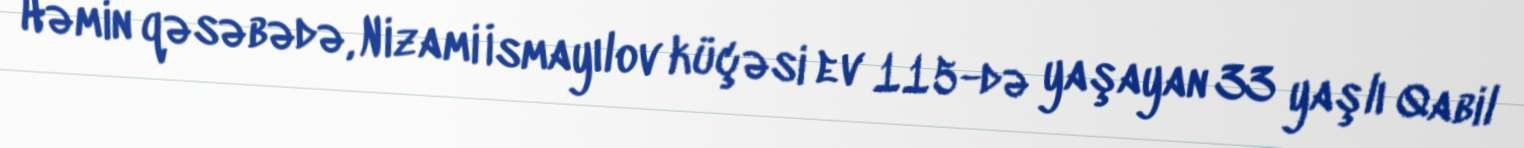
Həmin qəsəbədə, Nizami İsmayılov küçəsi ev 115-də yaşayan 33 yaşlı Qabil